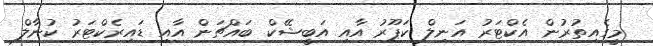
މީގެއިިތުރުން އެކްޓަރު އަނިލް ކަޕޫރު އާއި އަބީޝޭކް ބައްޗަން އާއި ޑައިރެކްޓަރު ކުނާލް